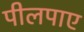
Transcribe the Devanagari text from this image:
पीलपाए